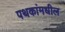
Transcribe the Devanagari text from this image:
पथकांमधील